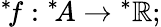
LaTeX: {^{*}\! f}:{^{*}\! A}\rightarrow{^{*}\mathbb{R}};